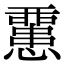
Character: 𢤏